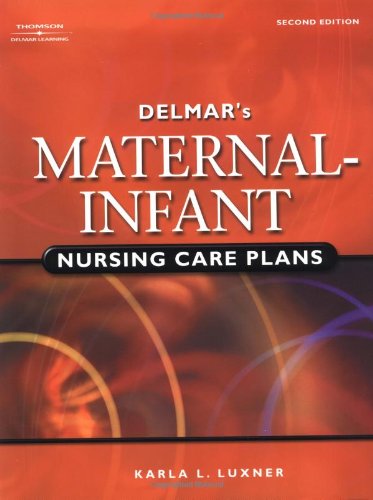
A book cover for Delmar's Maternal-Infant Nursing Care Plans, 2nd Edition; Karla L. Luxner; Medical Books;